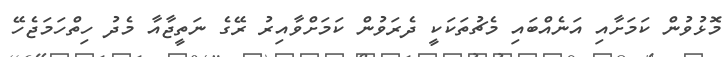
މޮޅުވުން ކަމަށާއި އަނެއްބައި މެޗުތަކަކީ ދެރަވުން ކަމަށްވާއިރު ރޭގެ ނަތީޖާއާ މެދު ހިތްހަމަޖެހޭ